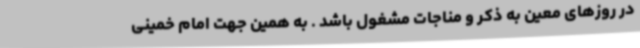
در روزهای معین به ذکر و مناجات مشغول باشد . به همین جهت امام خمینی